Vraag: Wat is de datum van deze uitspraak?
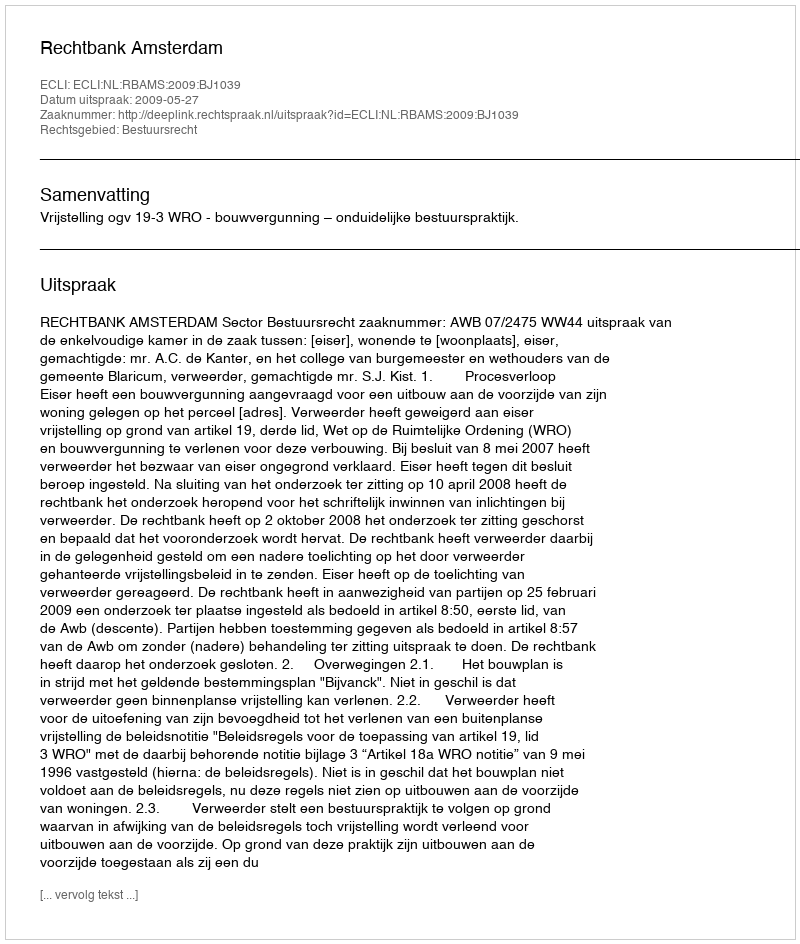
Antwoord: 2009-05-27